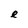
Character: e